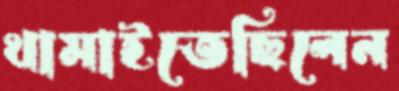
থামাইতেছিলেন